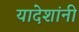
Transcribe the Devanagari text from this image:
यादेशांनी